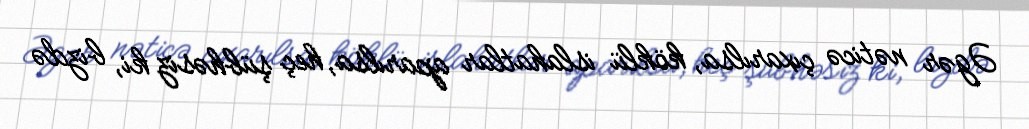
Əgər nəticə çıxarılsa, köklü islahatlar aparılsa, heç şübhəsiz ki, bizdə